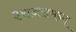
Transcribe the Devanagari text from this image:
३राजसमन्द